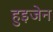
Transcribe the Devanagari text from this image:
हुइजेन